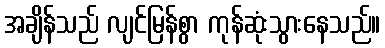
အချိန်သည် လျင်မြန်စွာ ကုန်ဆုံးသွားနေသည်။